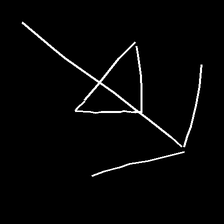
Glyph: pull